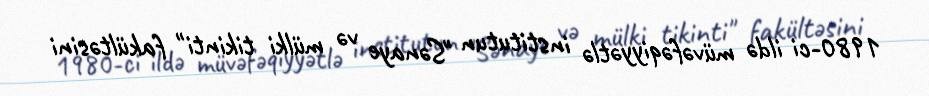
1980-ci ildə müvəfəqiyyətlə institutun "Sənaye və mülki tikinti" fakültəsini